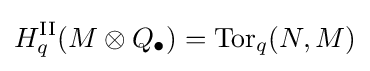
H_{q}^{\textrm {II}}(M\otimes Q_{\bullet })=\operatorname {Tor} _{q}(N,M)